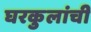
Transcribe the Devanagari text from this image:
घरकुलांची